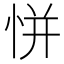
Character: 恲